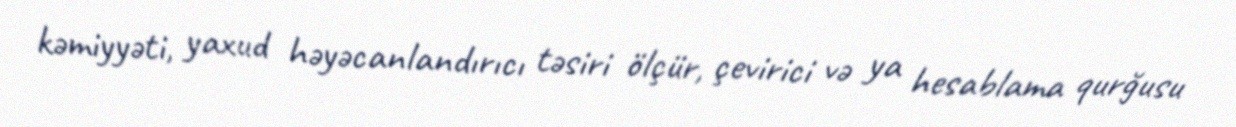
kəmiyyəti, yaxud həyəcanlandırıcı təsiri ölçür, çevirici və ya hesablama qurğusu